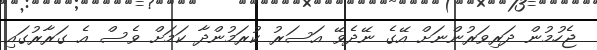
ޖެހުމުން ދަރިވަރުންނަށް އޭގެ ނޭދެވޭ އަސަރު ކުރަމުންދާ ކަމަށް ވެސް އެ ގަރާރުގައި